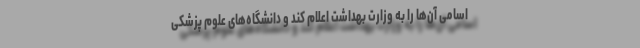
اسامی آن‌ها را به وزارت بهداشت اعلام کند و دانشگاه‌های علوم پزشکی